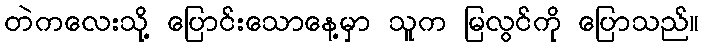
တဲကလေးသို့ ပြောင်းသောနေ့မှာ သူက မြလွင်ကို ပြောသည်။